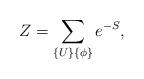
LaTeX: \begin{align*}Z = \sum_{\{U\} \{\phi\}} e^{-S} ,\end{align*}